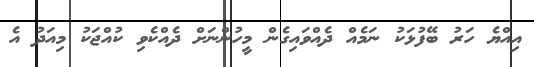
އިއްޔެ ހަރު ބޭފުޅަކު ނަމެއް ދެއްވައިގެން މީހުންނަށް ދެއްކެވި ކުއްޖަކު މިއަދު އެ